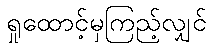
ရှုထောင့်မှကြည့်လျှင်